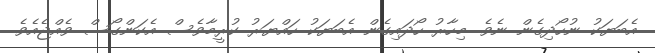
އެބަޔަކު ނުހޯދިގެން ނެވެ. މިހާރު ހޯދައިގެން އެބަޔަކު ހައްޔަރު ކުރީމާވެސް އެކަންގޯސް ވެއްޖެއެވެ.